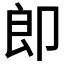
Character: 𭅺